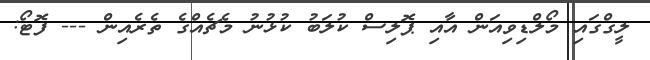
ލީގްގައި މޯލްޑިވިއަން އާއި ޕޮލިސް ކުލަބު ކުޅުނު މެޗެއްގެ ތެރެއިން --- ފޮޓޯ: